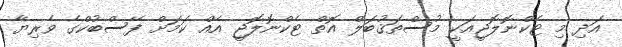
އަދި މި ޓެކްނޮލޮޖީއަކީ މުސްތަޤުބަލް އޮތް ޓެކްނޮލޮޖީ އެއް ކަމަށް ފޭސްބުކްގެ ވެރިޔާ